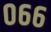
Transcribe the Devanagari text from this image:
०६६